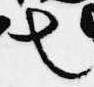
也